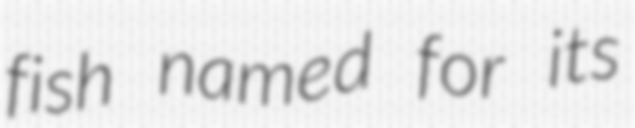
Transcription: fish named for its